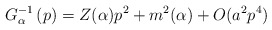
\begin{align*}G_{\alpha }^{-1}\left( p\right) =Z(\alpha )p^{2}+m^{2}(\alpha )+O(a^{2}p^{4})\end{align*}